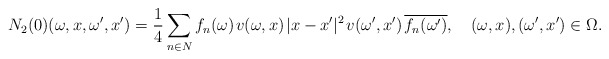
\begin{align*}N_2(0)(\omega,x,\omega',x')=\frac14\sum_{n\in N}f_n(\omega)\;\!v(\omega,x)\;\!|x-x'|^2\;\!v(\omega',x')\;\!\overline{f_n(\omega')},\quad(\omega,x),(\omega',x')\in\Omega.\end{align*}